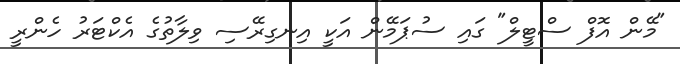
"މޭން އޮފް ސްޓީލް" ގައި ސުޕަމޭން އަކީ އިނގިރޭސި ވިލާތުގެ އެކްޓަރު ހެންރީ